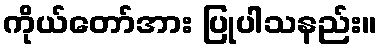
ကိုယ်တော်အား ပြုပါသနည်း။